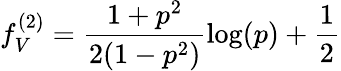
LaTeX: f_{V}^{(2)}=\frac{1+p^{2}}{2(1-p^{2})}\log(p)+\frac{1}{2}